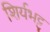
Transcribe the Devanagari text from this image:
शिर्यभट्ट